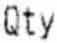
QTY